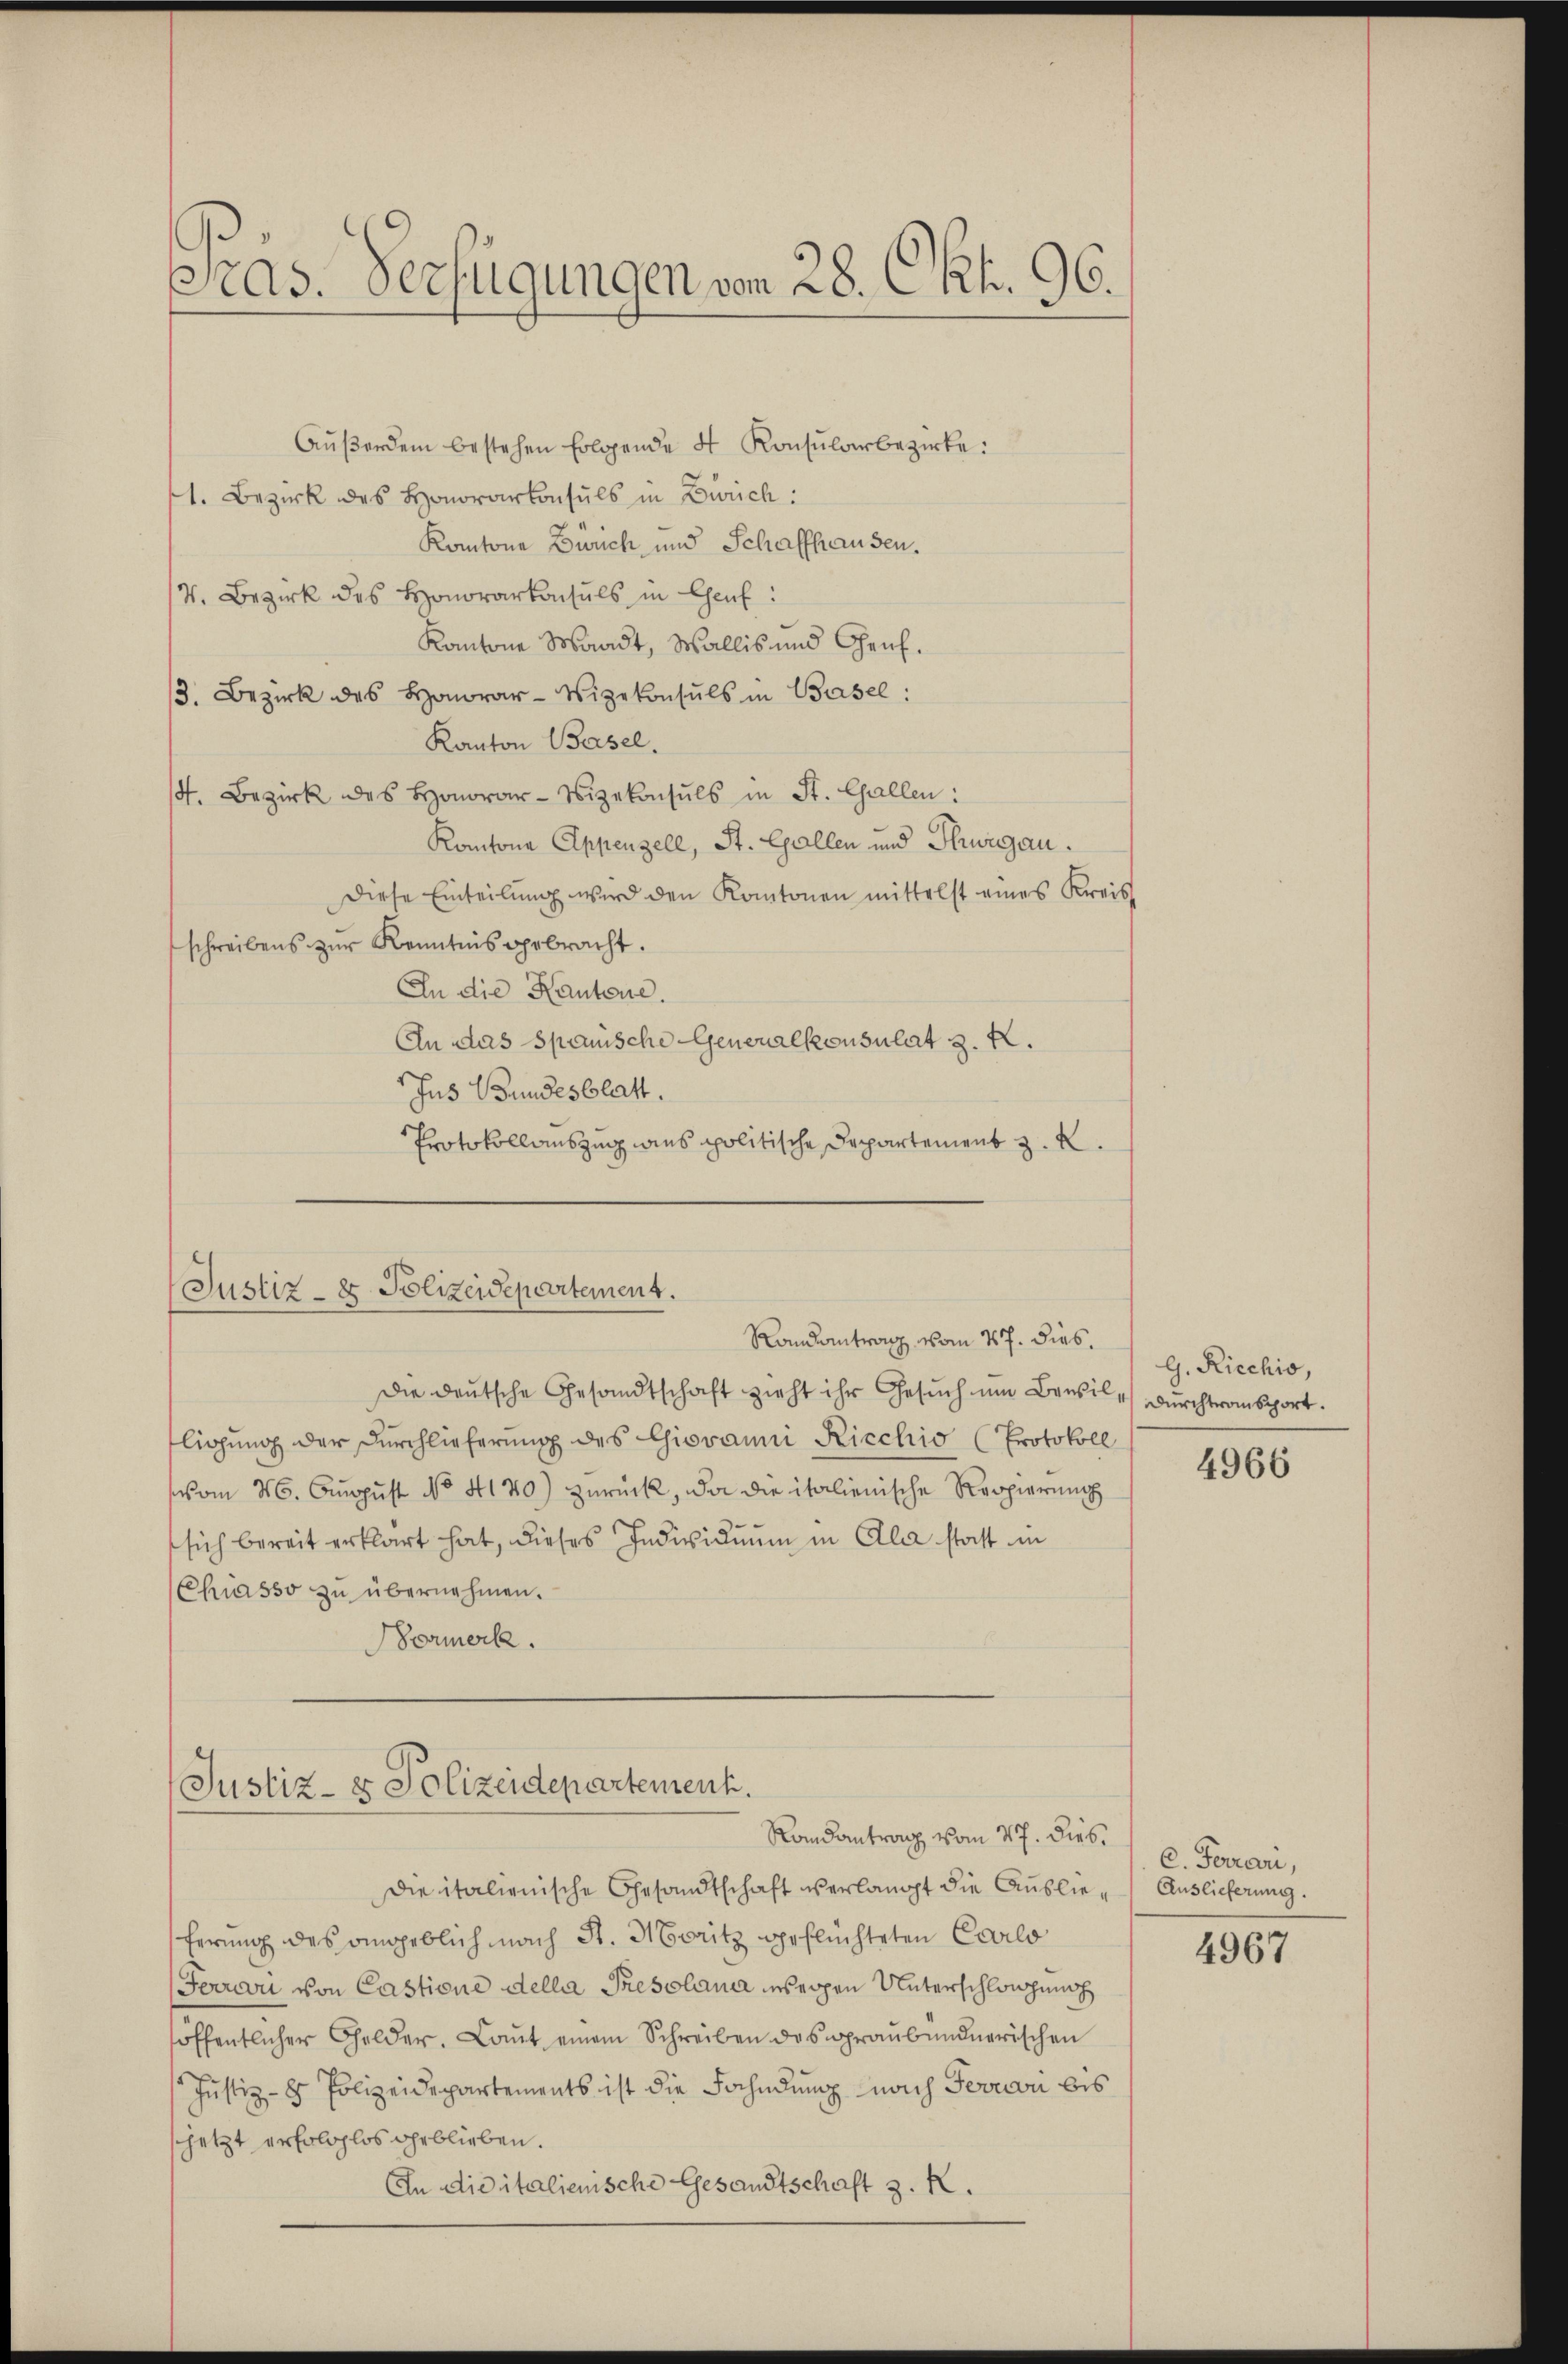
Sras. Verfügungen vom 28. Okt. 96.

Aŭβerdem bestehen folgende 4. Konsularbezirke:
1. Bezirk des Honorarkonsuls in Zürich:
Kantone Zürich und Schaffhausen.
V. Bezirk des Honorarkonsuls in Genf:
Kantone Waadt, Wallis und Genf.
3. Bezirk des Honorar- Vizekonsuls in Basel:
Kanton Basel.
4. Bezirk des Honorar-Vizekonsuls in St. Gallen:
Kantone Appenzell, St. Gallen und Thurgau.
Diese Einteilŭng wird den Kantonen mittelst eines Kreis
schreibens zur Kenntnis gebracht.
In die Kantone.
An das Spanische Generalkonsulat 3. k.
Jus Bundesblatt.
Protokollauszug dies politische Departement z. R.

Justiz- & Polizeidepartement.
Randantrag vom 27. dies

Die deutsche Gesandtschaft zieht ihr Gesuch um Brasil , durchtransport.
fligung der Durchlieferung des Giovanni Ricchio (Protokoll
vom 6. August No. 4140) zurück, da die italienische Reppierung
sich bereit erklärt hat, dieses Individuum in Alla statt in
Chiasso zu übernehmen.
Bormerk.

Justiz- & Polizeidepartement.
Randantrag vom 27. dies

die italienische Gesandtschaft verlangt die Auslieferung des angeblich nach St. Moritz geflüchteten Carlo
Fourari von Castione della Presolana weigen Unterschlosung
öffentlicher Gelder. Laŭt einem Schreiben des graubündnerischen
Justiz- & Polizeidepartements ist die Fahndung nach Ferrari bis
jetzt erfolglos geblieben.
An die italienische Gesandtschaft z. K.

G. Riechio,

4966

C. Ferrari,
Auslieferung.

4967